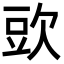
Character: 㰯